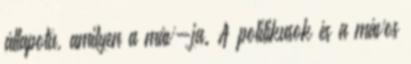
állapotú, amilyen a máv-ja. A politikusok és a mávos